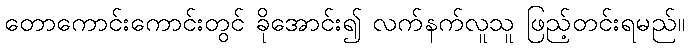
တောကောင်းကောင်းတွင် ခိုအောင်း၍ လက်နက်လူသူ ဖြည့်တင်းရမည်။